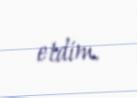
etdim.